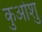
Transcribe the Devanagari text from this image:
कुओशु